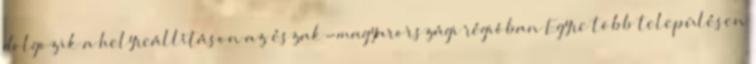
dolgozik a helyreállításon az észak-magyarországi régióban Egyre több településen